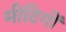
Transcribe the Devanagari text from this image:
मीटिगों